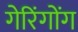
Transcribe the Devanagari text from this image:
गेरिंगोंग